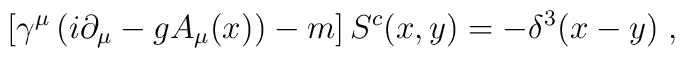
\left[\gamma^{\mu}\left(i\partial_{\mu}-gA_{\mu}(x)\right)-m\right]S^{c}(x,y)=-\delta^{3}(x-y)\;,\;